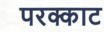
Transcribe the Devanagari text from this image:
परक्काट